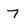
Character: 7